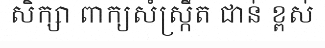
សិក្សា ពាក្យសំស្ក្រឹត ជាន់ ខ្ពស់